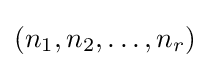
(n_{1},n_{2},\ldots ,n_{r})